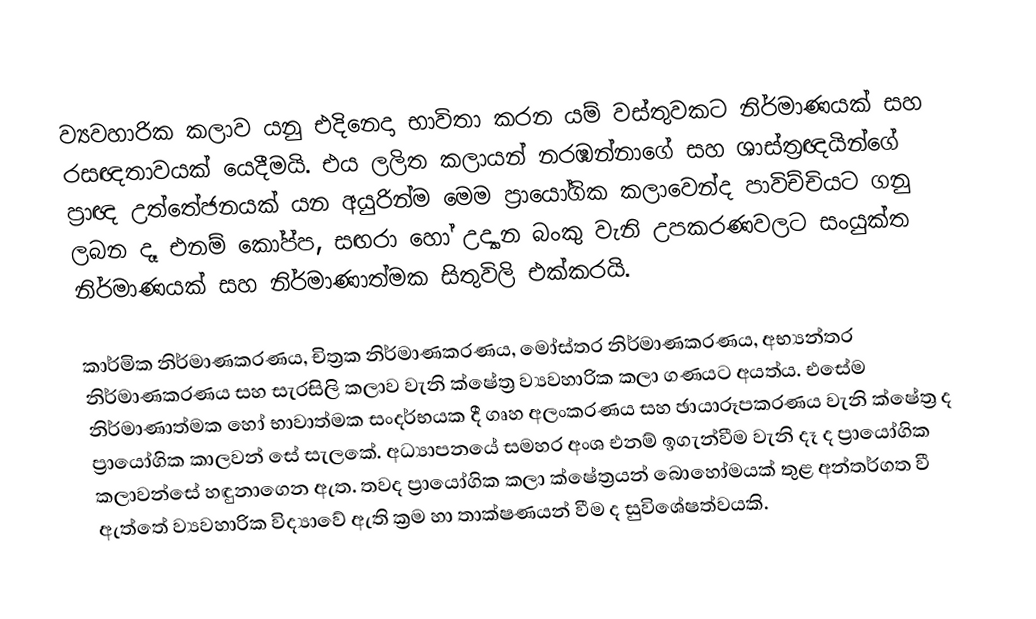
ව්‍යවහාරික කලාව යනු එදිනෙදා භාවිතා කරන යම් වස්තුවකට නිර්මාණයක් සහ රසඥතාවයක් යෙදීමයි. එය ලලිත කලායන් නරඹන්නාගේ සහ ශාස්ත්‍රඥයින්ගේ ප්‍රාඥ උත්තේජනයක් යන අයුරින්ම මෙම ප්‍රායෝගික කලාවෙන්ද පාවිච්චියට ගනු ලබන දෑ එනම් කෝප්ප, සඟරා හෝ උද්‍යාන බංකු වැනි උපකරණවලට සංයුක්ත නිර්මාණයක් සහ නිර්මාණාත්මක සිතුවිලි එක්කරයි.

කාර්මික නිර්මාණකරණය, චිත්‍රක නිර්මාණකරණය, මෝස්තර නිර්මාණකරණය, අභ්‍යන්තර නිර්මාණකරණය සහ සැරසිලි කලාව වැනි ක්ෂේත්‍ර ව්‍යවහාරික කලා ගණයට අයත්ය. එසේම නිර්මාණාත්මක හෝ භාවාත්මක සංදර්භයක දී ගෘහ අලංකරණය සහ ඡායාරූපකරණය වැනි ක්ෂේත්‍ර ද ප්‍රායෝගික කාලවන් සේ සැලකේ. අධ්‍යාපනයේ සමහර අංශ එනම් ඉගැන්වීම වැනි දෑ ද ප්‍රායෝගික කලාවන්සේ හඳුනාගෙන ඇත. තවද ප්‍රායෝගික කලා ක්ෂේත්‍ර‍යන් බොහෝමයක් තුළ අන්තර්ගත වී ඇත්තේ ව්‍යවහාරික විද්‍යාවේ ඇති ක්‍රම හා තාක්ෂණයන් වීම ද සුවිශේෂත්වයකි.